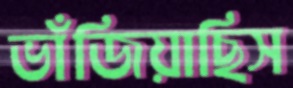
ভাঁজিয়াছিস